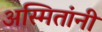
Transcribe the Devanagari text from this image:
अस्मितांनी